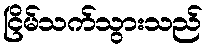
ငြိမ်သက်သွားသည်